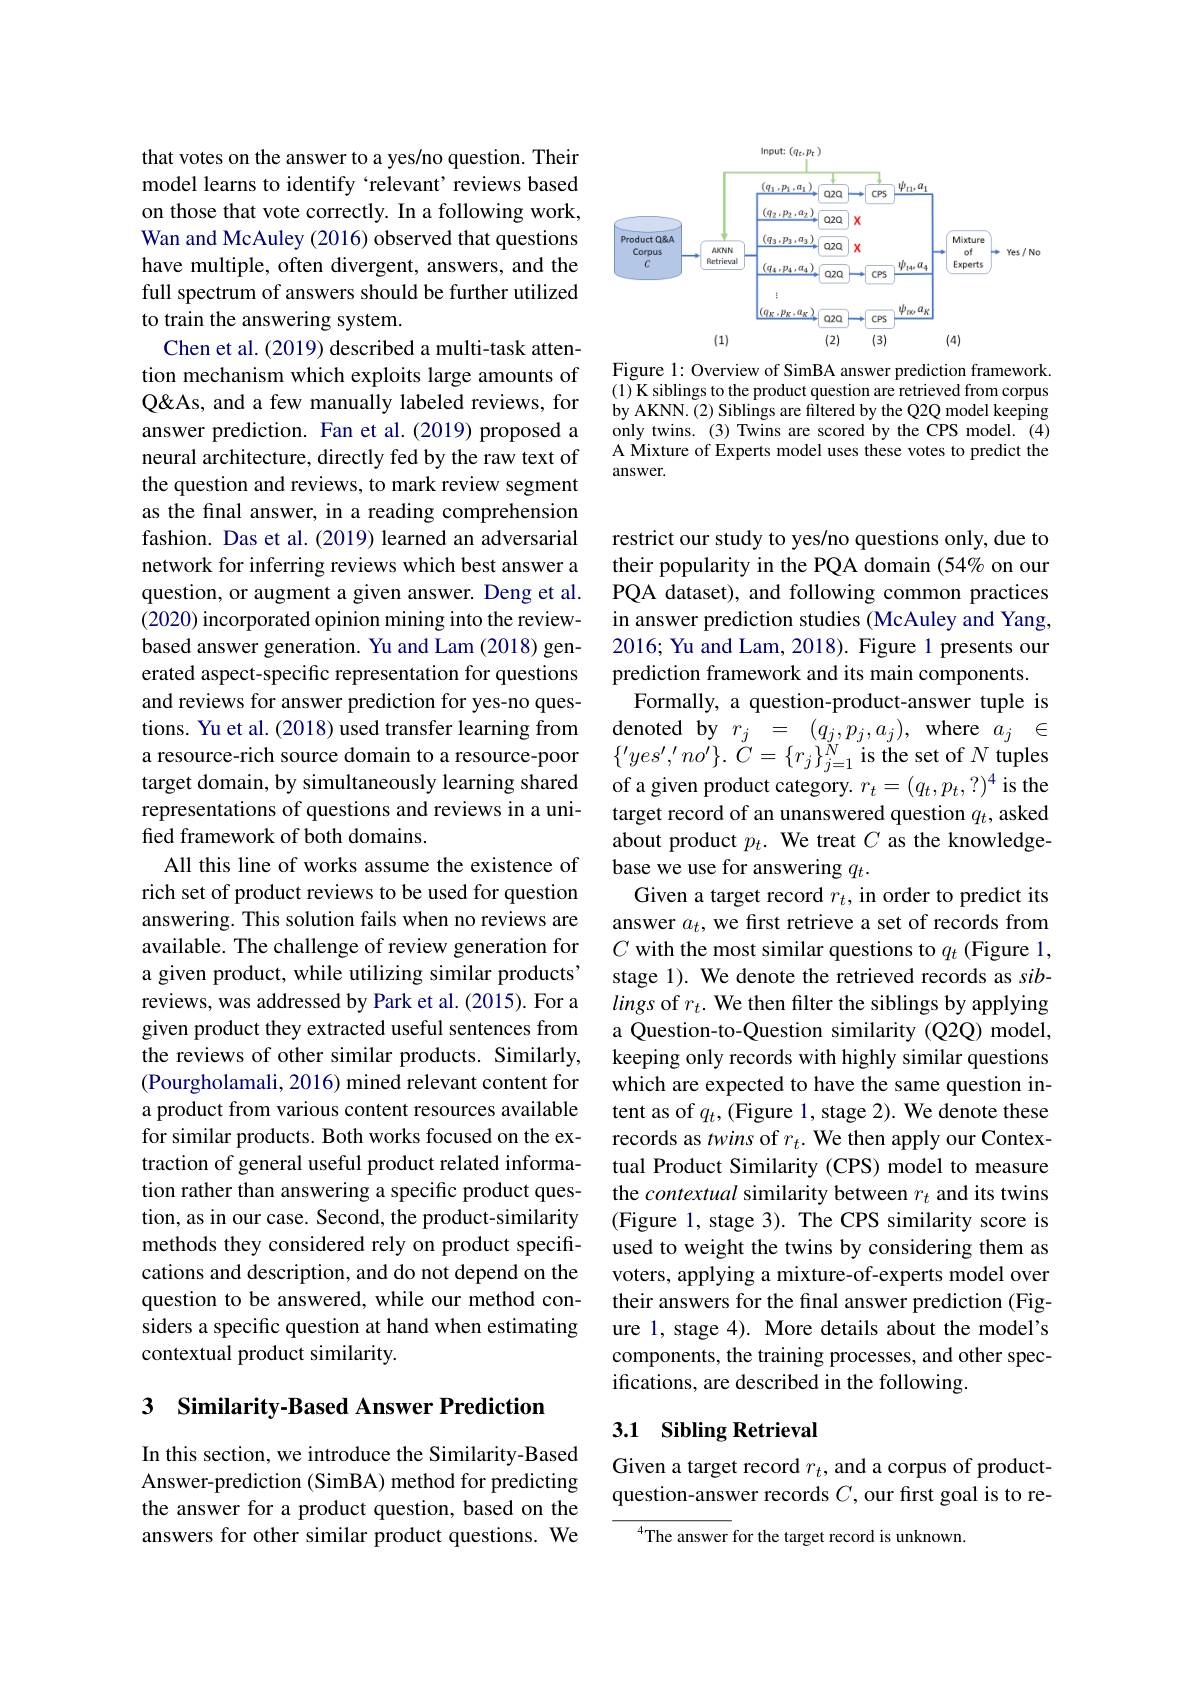
that votes on the answer to a yes/no question. Their model learns to identify `relevant' reviews based on those that vote correctly. In a following work, Wan and McAuley (2016) observed that questions have multiple, often divergent, answers, and the full spectrum of answers should be further utilized to train the answering system.
Chen et al. (2019) described a multi-task attention mechanism which exploits large amounts of Q&As, and a few manually labeled reviews, for answer prediction. Fan et al.(2019) proposed a neural architecture, directly fed by the raw text of the question and reviews, to mark review segment as the final answer, in a reading comprehension fashion. Das et al.(2019) learned an adversarial network for inferring reviews which best answer a question, or augment a given answer. Deng et al. (2020) incorporated opinion mining into the reviewbased answer generation. Yu and Lam (2018) generated aspect-specific representation for questions and reviews for answer prediction for yes-no questions. Yu et al. (2018) used transfer learning from a resource-rich source domain to a resource-poor target domain, by simultaneously learning shared representations of questions and reviews in a unified framework of both domains.
All this line of works assume the existence of rich set of product reviews to be used for question answering. This solution fails when no reviews are available. The challenge of review generation for a given product, while utilizing similar products' reviews, was addressed by Park et al.(2015). For a given product they extracted useful sentences from the reviews of other similar products. Similarly, (Pourgholamali, 2016) mined relevant content for a product from various content resources available for similar products. Both works focused on the extraction of general useful product related information rather than answering a specific product question, as in our case. Second, the product-similarity methods they considered rely on product specifications and description, and do not depend on the question to be answered, while our method considers a specific question at hand when estimating contextual product similarity.

### 3 Similarity-Based Answer Prediction

In this section, we introduce the Similarity-Based Answer-prediction (SimBA) method for predicting the answer for a product question, based on the answers for other similar product questions. We

<FigureHere>

Figure 1: Overview of SimBA answer prediction framework. (1) K siblings to the product question are retrieved from corpus by AKNN. (2) Siblings are filtered by the Q2Q model keeping only twins. (3) Twins are scored by the CPS model. (4) A Mixture of Experts model uses these votes to predict the answer.

restrict our study to yes/no questions only, due to their popularity in the PQA domain (54% on our PQA dataset), and following common practices in answer prediction studies (McAuley and Yang, 2016; Yu and Lam, 2018). Figure 1 presents our prediction framework and its main components.
Formally, a question-product-answer tuple is $\begin{array}{rcl}{\mathrm{denoted~by~}r_{j}}&{=}&{(q_{j},p_{j},a_{j}),\mathrm{~where~}a_{j}}&{\in}\end{array}$ $\{^{\prime}yes^{\prime},^{\prime}no^{\prime}\}.\stackrel{\sim}{C}=\{r_{j}\}_{j=1}^{N}\stackrel{~\sim}{\mathrm{is~the~set~of~}}N\stackrel{~\sim}{\mathrm{tuples}}$ of a given product category. $r_t=(q_t,p_t,?)^4$ is the target record of an unanswered question $q_t$, asked about product $p_t.$ We treat $C$ as the knowledgebase we use for answering $q_t.$
Given a target record $r_t$, in order to predict its answer $a_t$, we first retrieve a set of records from $C$ with the most similar questions to $q_t$ (Figure 1, stage 1). We denote the retrieved records as siblings of $r_t.$ We then filter the siblings by applying a Question-to-Question similarity (Q2Q) model, keeping only records with highly similar questions which are expected to have the same question intent as of $q_t$,(Figure 1, stage 2). We denote these records as twins of $r_t.$ We then apply our Contextual Product Similarity (CPS) model to measure the contextual similarity between $r_t$ and its twins (Figure 1, stage 3). The CPS similarity score is used to weight the twins by considering them as voters, applying a mixture-of-experts model over their answers for the final answer prediction (Figure 1, stage 4). More details about the model's components, the training processes, and other spec- $\hat{\text{ifications, are described in the following.}}$

### 3.1 Sibling Retrieval

Given a target record $r_t$, and a corpus of productquestion-answer records $C$, our first goal is to re-

The answer for the target record is unknown.